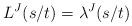
LaTeX: \begin{align*}L^J(s/t) = \lambda^J(s/t)\end{align*}